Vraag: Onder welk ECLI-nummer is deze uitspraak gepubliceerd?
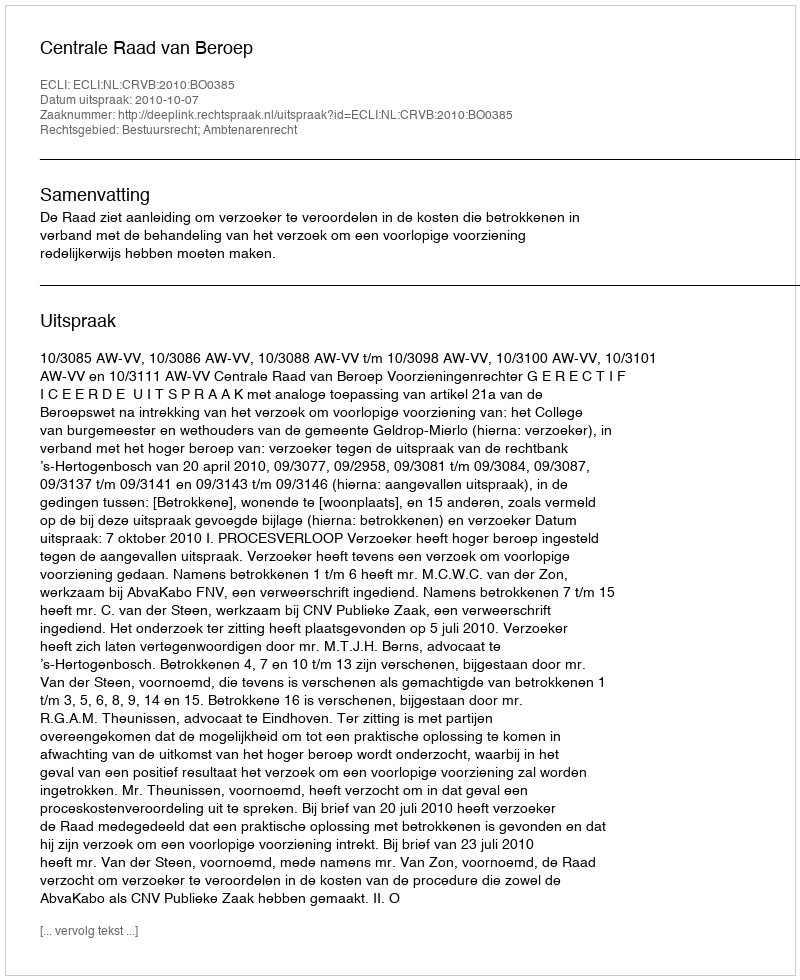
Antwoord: ECLI:NL:CRVB:2010:BO0385